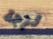
لزجة